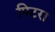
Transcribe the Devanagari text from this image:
पिटरा